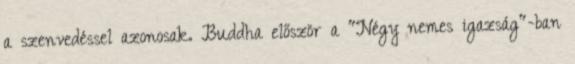
a szenvedéssel azonosak. Buddha először a "Négy nemes igazság"-ban